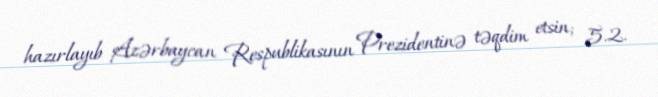
hazırlayıb Azərbaycan Respublikasının Prezidentinə təqdim etsin; 5.2.